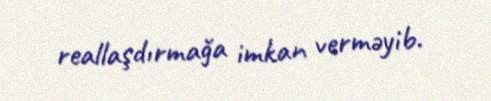
reallaşdırmağa imkan verməyib.